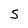
Character: S